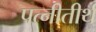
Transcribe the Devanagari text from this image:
पत्नीतीर्थ